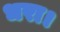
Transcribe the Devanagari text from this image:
धरा।